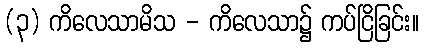
(၃) ကိလေသာမိသ - ကိလေသာ၌ ကပ်ငြိခြင်း။